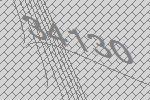
34130